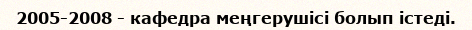
2005-2008 - кафедра меңгерушісі болып істеді.